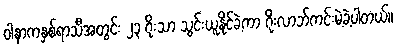
ဝါနာကနှစ်ရာသီအတွင်း ၂၃ ဂိုးသာ သွင်းယူနိုင်ခဲ့ကာ ဂိုးလာဘ်ကင်းမဲ့ခဲ့ပါတယ်။